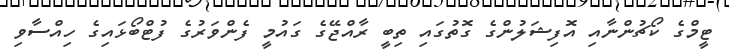
ޓީމްގެ ކޯޗުންނާއި އޮފިޝަލުންގެ ގޮތުގައި ތިބީ ރާއްޖޭގެ ގައުމީ ފެންވަރުގެ ފުޓްބޯޅައިގެ ހިއްސާވި